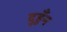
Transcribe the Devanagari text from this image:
दुहुँन